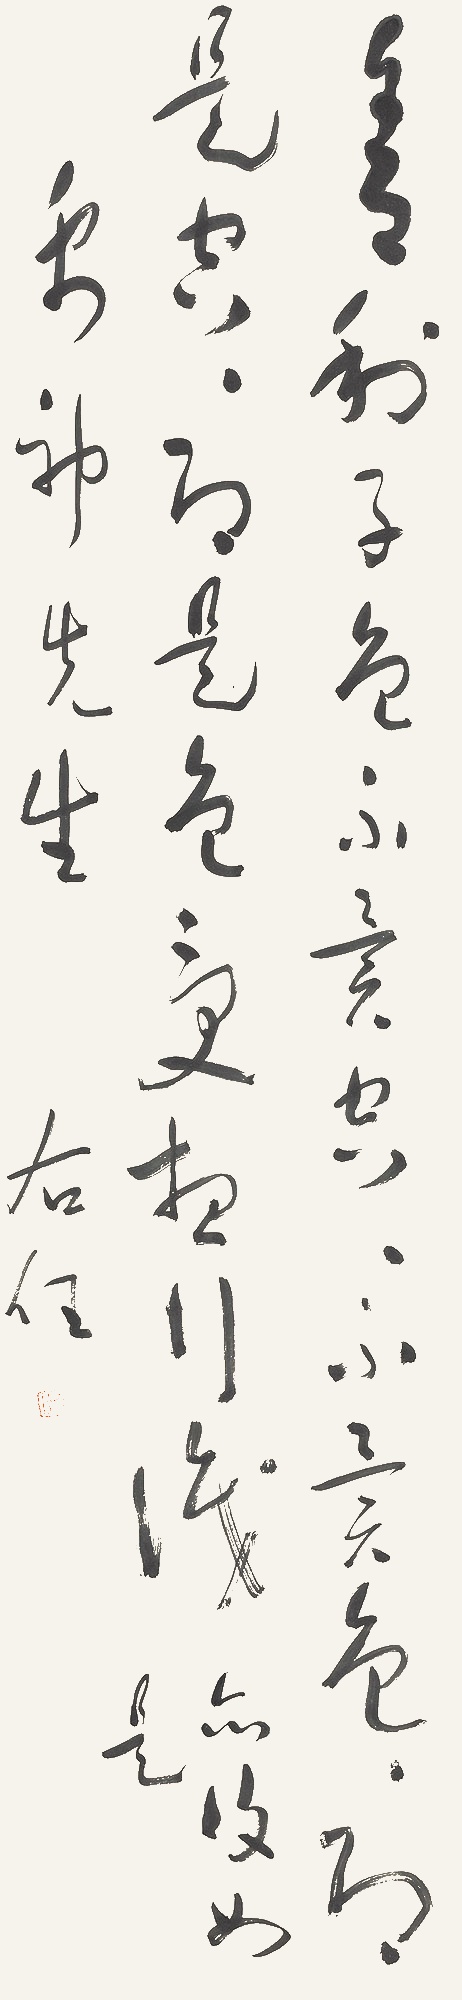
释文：舍利子，色不异空，空不异色，色即是空，空即是色。受想行识，亦复如是。禹神先生。右任。